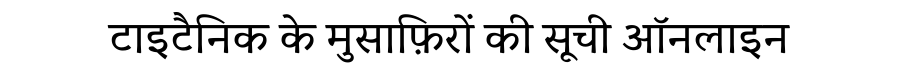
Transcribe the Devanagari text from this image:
टाइटैनिक के मुसाफ़िरों की सूची ऑनलाइन